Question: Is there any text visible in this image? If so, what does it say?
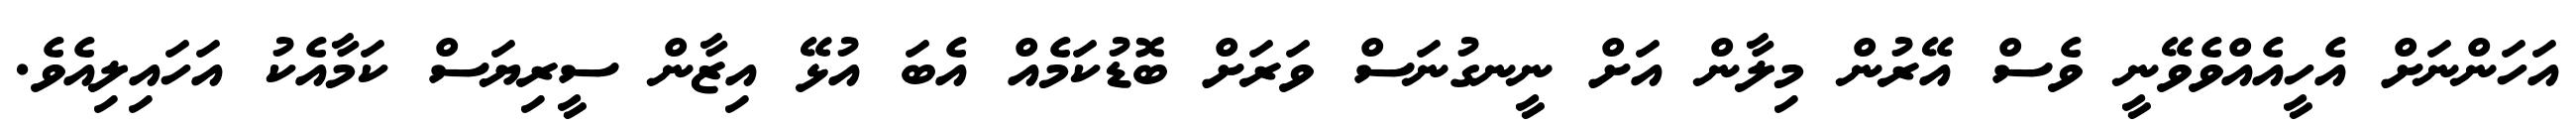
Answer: އަހަންނަށް އެހީއެއްވެވޭނީ ވެސް އޭރުން މިލާން އަށް ނީނގުނަސް ވަރަށް ބޮޑުކަމެއް އެބަ އުޅޭ އިޒާން ސީރިޔަސް ކަމާއެކު އަހައިލިއެވެ.